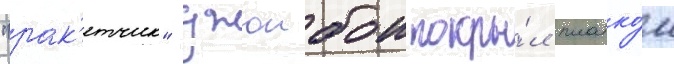
"рак'етчик" джоибои покры́л платко́м